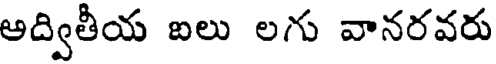
ఆద్వితీయ ఐలు లగు వానరవరు